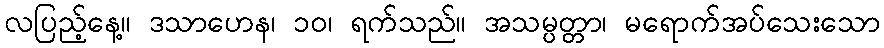
လပြည့်နေ့။ ဒသာဟေန၊ ၁၀၊ ရက်သည်။ အသမ္ပတ္တာ၊ မရောက်အပ်သေးသော